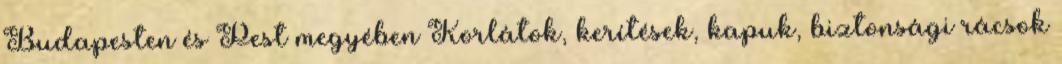
Budapesten és Pest megyében Korlátok, kerítések, kapuk, biztonsági rácsok